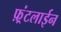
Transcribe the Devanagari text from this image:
फ़्रंटलाईन